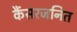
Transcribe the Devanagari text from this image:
कैंसरजनित